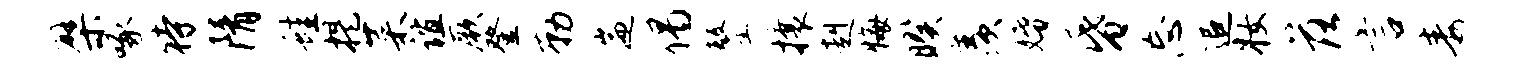
檗啄待隋蛙提菜谊厥登勒遄偈鏊攘赳悔暌羡婚昏忘追妆落言毒